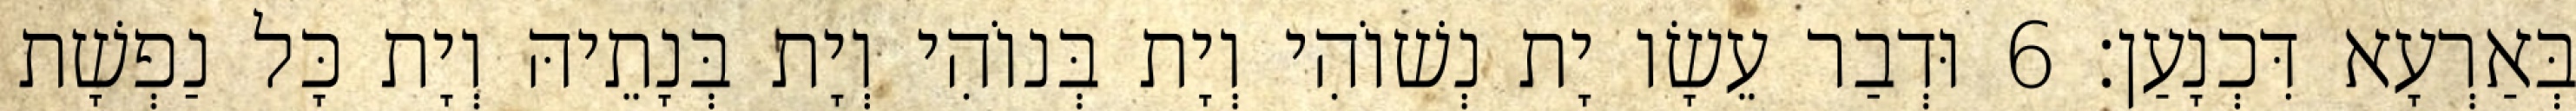
בְּאַרְעָא דִּכְנָעַן׃ 6 וּדְבַר עֵשָׂו יָת נְשׁוֹהִי וְיָת בְּנוֹהִי וְיָת בְּנָתֵיהּ וְיָת כָּל נַפְשָׁת